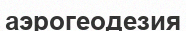
аэрогеодезия